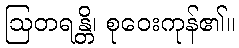
ဩတရန္တိ၊ စုဝေးကုန်၏။